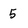
Character: 5